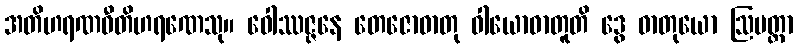
အတိဟရဏဝီတိဟရဏေသု။ ဝေါဿဇ္ဇနေ တေဇောဓာတု ဝါယောဓာတူတိ ဒွေ ဓာတုယော ဩမတ္တာ